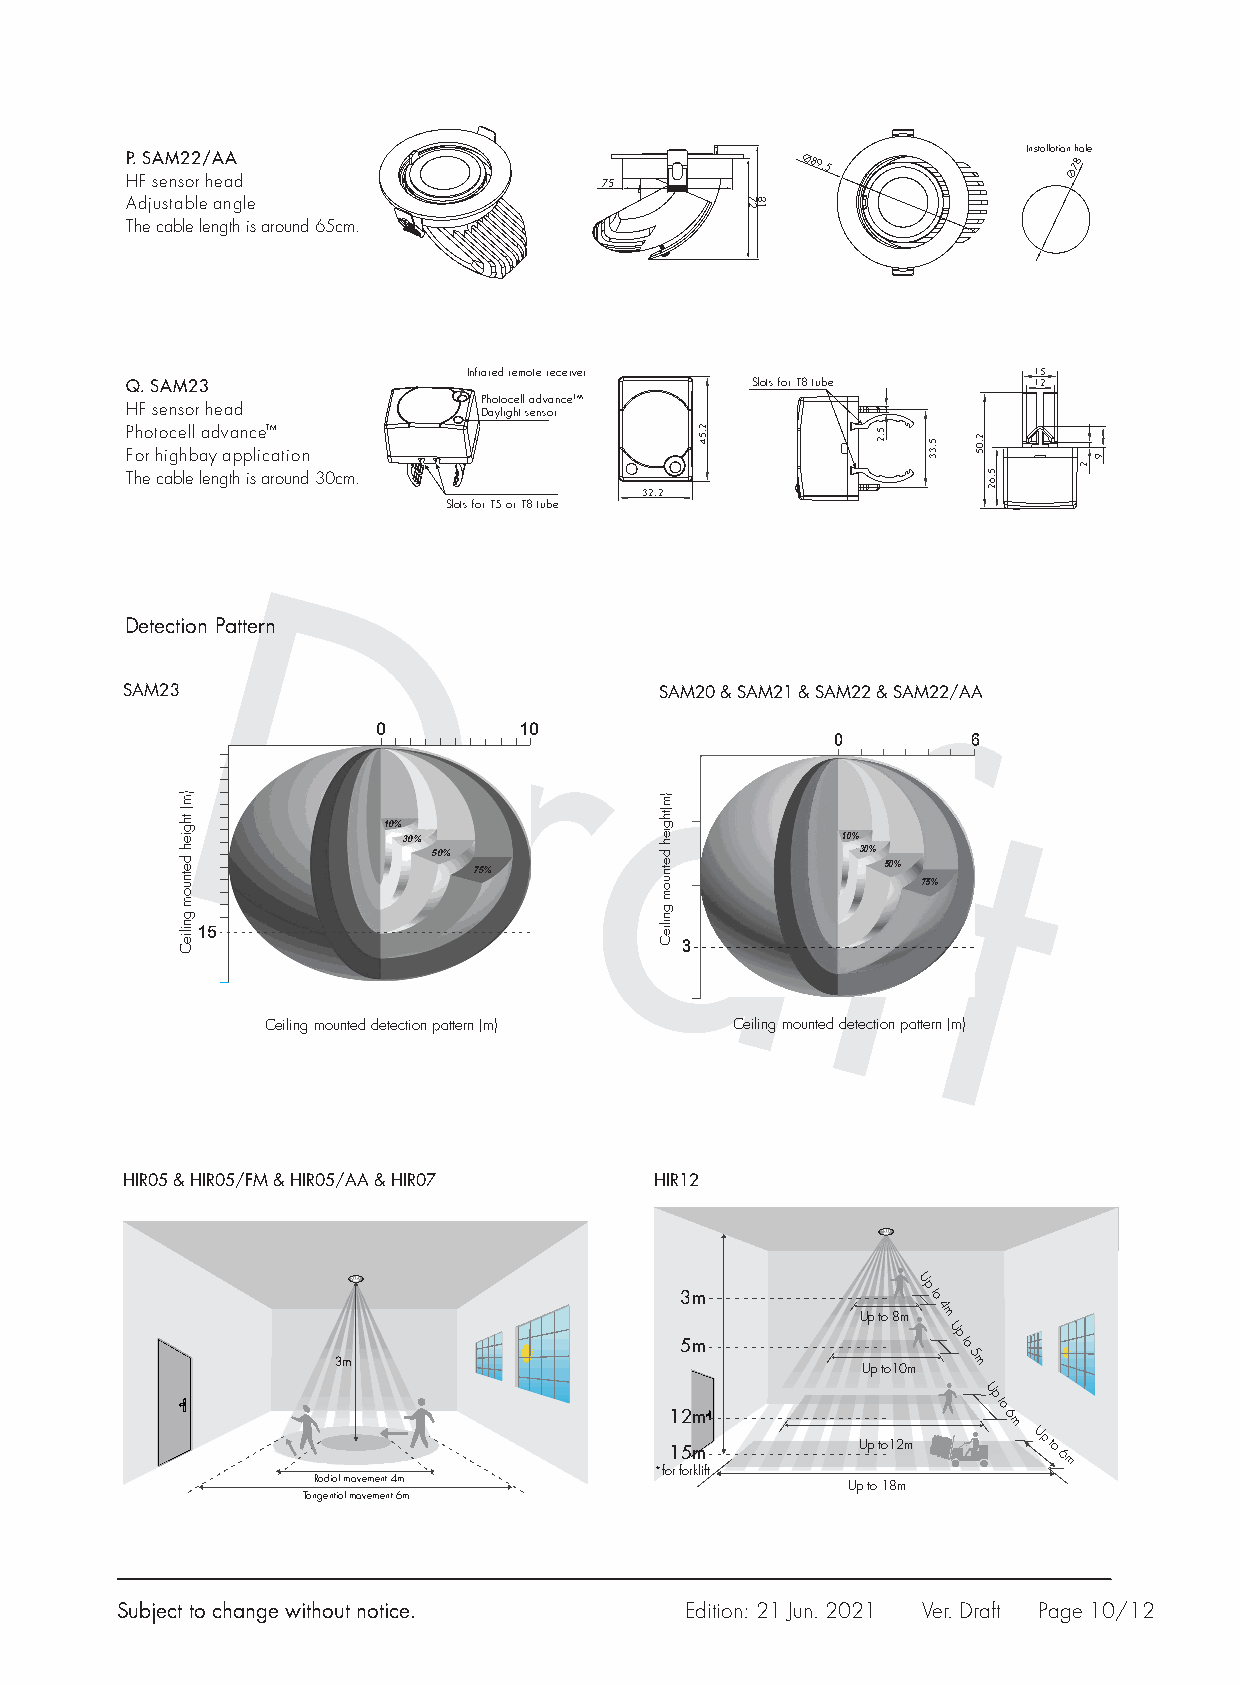
Installation hole
 P. SAM22/AA                                  Ø89.5             Ø78
 HF sensor head                  75
 Adjustable angle
 The cable length is around 65cm.
 Infrared remote receiver             15
 Q. SAM23                                  Slots for T8 tube 12
 Photocell advanceTM
 HF sensor head          Daylight sensor
 Photocell advanceTM
 For highbay application
 The cable length is around 30cm.
 32.2
 Slots for T5 or T8 tube
 D       Detection Pattern
 r
 D
 SAM23                               SAM20 & SAM21 & SAM22 & SAM22/AA
 r
 a                        0        10
 0        6
 f
 t                                  a
 f
 10%
 30%                          10% t
 50%                          30%
 75%                        50%
 75%
 15
 3
 Ceiling mounted detection pattern (m) Ceiling mounted detection pattern (m)
 HIR05 & HIR05/FM & HIR05/AA & HIR07 HIR12
 3m
 Up
 to
 4
 Up to 8m m
 5m
 Up
 to
 3m                                 Up to10m 5 m
 12m
 Up
 to
 6
 m
 15m          Up to12m
 Up
 to 6
 m
 **ffoorr ffoorrkklliifftt
 Radial movement 4m                 Up to 18m
 Tangential movement 6m
 Subject to change without notice.    Edition: 21 Jun. 2021 Ver. Draft Page 10/12
 )m(
 thgieh
 detnuom
 gnilieC
 )m(thgieh
 detnuom
 gnilieC
 2.54
 72 81
 5.2 5.33 2.05
 5.62
 2
 9